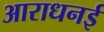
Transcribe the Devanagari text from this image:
आराधनई